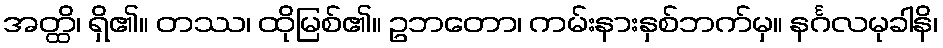
အတ္ထိ၊ ရှိ၏။ တဿ၊ ထိုမြစ်၏။ ဥဘတော၊ ကမ်းနားနှစ်ဘက်မှ။ နင်္ဂလမုခါနိ၊